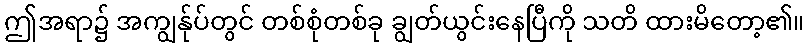
ဤအရာ၌ အကျွန်ုပ်တွင် တစ်စုံတစ်ခု ချွတ်ယွင်းနေပြီကို သတိ ထားမိတော့၏။